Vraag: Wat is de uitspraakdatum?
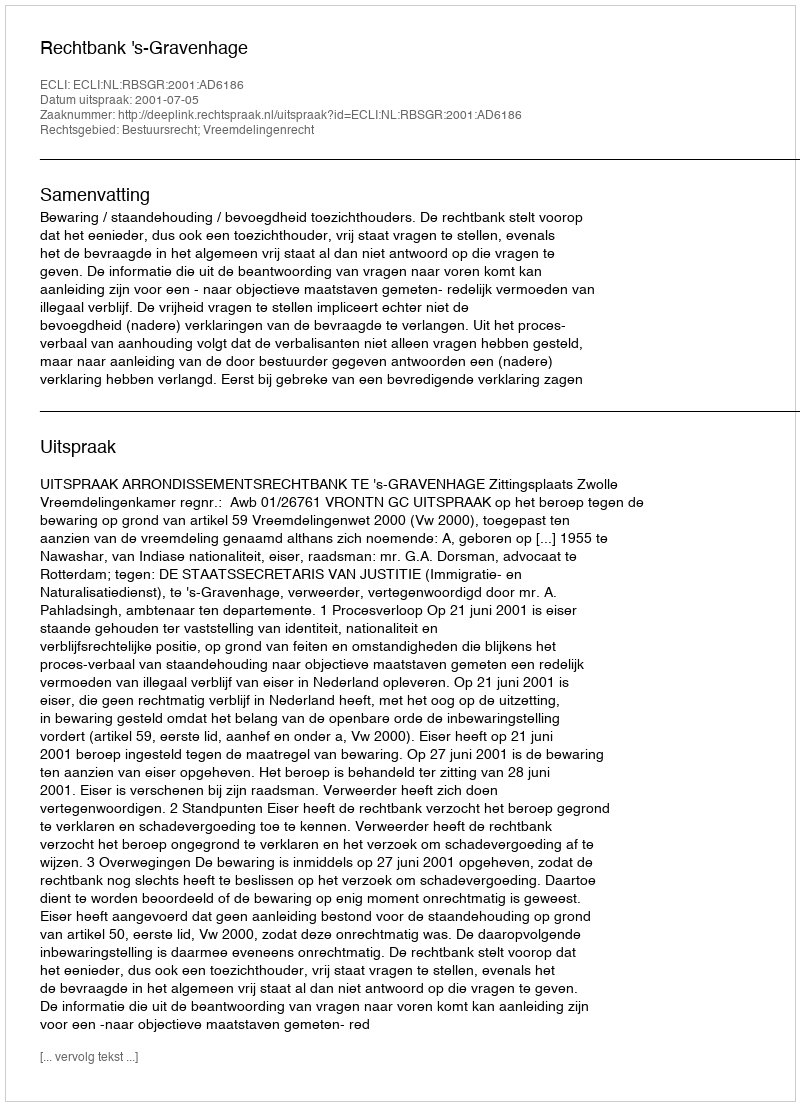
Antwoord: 2001-07-05